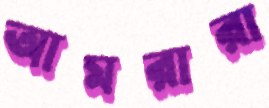
আমরারা